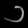
Digit: ၁